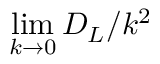
\operatorname* { l i m } _ { k \to 0 } D _ { L } / k ^ { 2 }